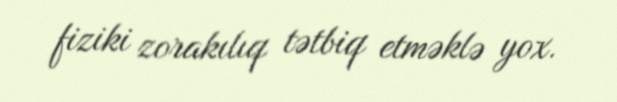
fiziki zorakılıq tətbiq etməklə yox.